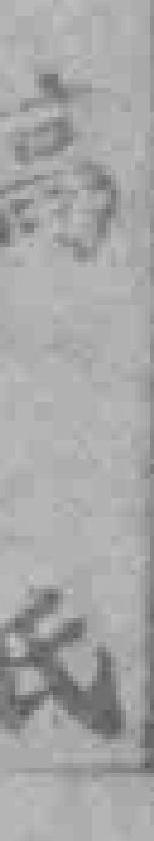
稿紙